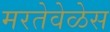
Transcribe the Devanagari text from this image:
मरतेवेळेस